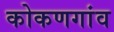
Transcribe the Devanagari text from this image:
कोकणगांव